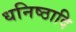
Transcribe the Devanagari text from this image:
धनिष्ठादि